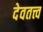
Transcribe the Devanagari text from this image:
देवतत्त्व